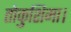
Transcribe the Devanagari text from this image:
तोकुशिमा।